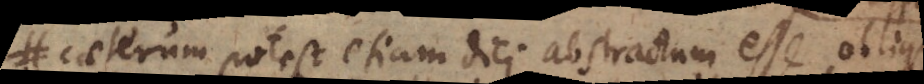
Caeterum potest etiam dici abstractum esse obliqu